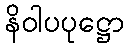
နိဝါပပုဋ္ဌော